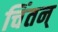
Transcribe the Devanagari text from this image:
चिंतन्